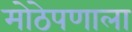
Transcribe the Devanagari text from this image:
मोठेपणाला